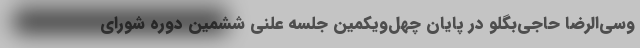
وسی‌الرضا حاجی‌بگلو در پایان چهل‌ویکمین جلسه علنی ششمین دوره شورای